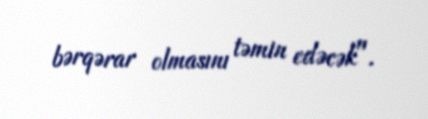
bərqərar olmasını təmin edəcək".